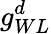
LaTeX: g_{WL}^{d}